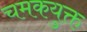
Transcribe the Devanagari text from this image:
चमकयुक्त